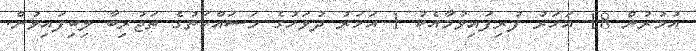
އުމުރުން 18 އަހަރު ފުރިފައިވުމާއެކު 1 އަހަރު ދުވަހުގެ މަސައްކަތުގެ ތަޖުރިބާ ލިބިފައިވުން.